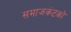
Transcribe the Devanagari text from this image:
समाजकंटकों